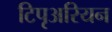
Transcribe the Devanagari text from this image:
टिपृअरियन